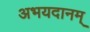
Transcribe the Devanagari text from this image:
अभयदानम्